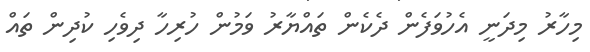
މިހާރު މިދަނީ އެހުވަފެން ދެކެން ތައްޔާރު ވަމުން ހުރިހާ ދިވެހި ކުދިން ތައް